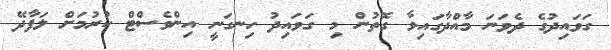
ގަވައިދުގެ ދެވަނަ މާއްދާގައިވާ ގޮތުން މި ގަވައިދު ހިނގަނީ އިންވެސްޓް ކުރުމަށް ލަފާދޭ